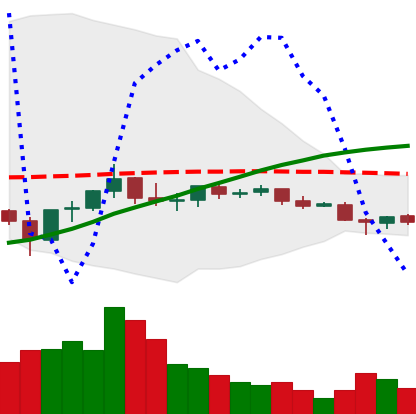
Ticker: EOS-USD
Chart end date: 2021-06-10
Forward return: 4.004%
Label: up_3_5